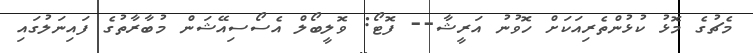
މެޗުގެ މޮޅު ކުޅުންތެރިއަކަށް ހޮވުނު އަރީޝާ-- ފޮޓޯ: ވޮލީބޯލް އެސޯސިއޭޝަން މުބާރާތުގެ ފައިނަލުގައި